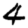
Digit: 4